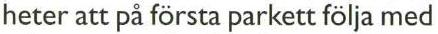
heter att på första parkett följa med